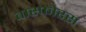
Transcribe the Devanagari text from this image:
वास्फोरस